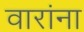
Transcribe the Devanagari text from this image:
वारांना